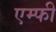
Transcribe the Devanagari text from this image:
एम्फी